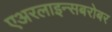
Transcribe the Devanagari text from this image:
एअरलाइन्सबरोबर